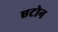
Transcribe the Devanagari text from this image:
एटोन